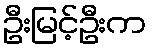
ဦးမြင့်ဦးက